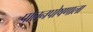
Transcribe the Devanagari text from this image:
पालनपोषणाला